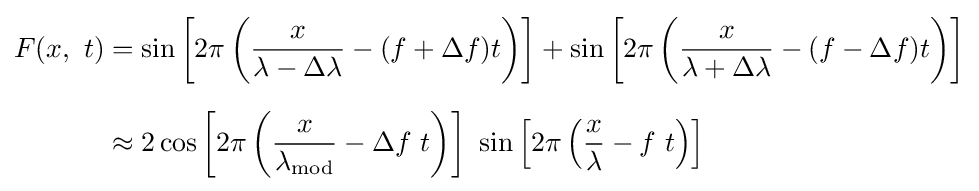
{\begin{aligned}F(x,\ t)&=\sin \left[2\pi \left({\frac {x}{\lambda -\Delta \lambda }}-(f+\Delta f)t\right)\right]+\sin \left[2\pi \left({\frac {x}{\lambda +\Delta \lambda }}-(f-\Delta f)t\right)\right]\\[6pt]&\approx 2\cos \left[2\pi \left({\frac {x}{\lambda _{\rm {mod}}}}-\Delta f\ t\right)\right]\ \sin \left[2\pi \left({\frac {x}{\lambda }}-f\ t\right)\right]\end{aligned}}